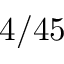
4 / 4 5